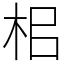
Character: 㭒